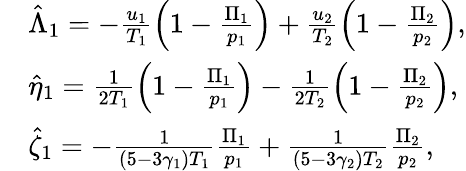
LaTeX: \begin{array}{rl}&{\hat{\Lambda}_{1}=-\frac{u_{1}}{T_{1}}\left(1-\frac{\Pi_{1}}{p_{1}}\right)+\frac{u_{2}}{T_{2}}\left(1-\frac{\Pi_{2}}{p_{2}}\right),}\\ &{\hat{\eta}_{1}=\frac{1}{2T_{1}}\left(1-\frac{\Pi_{1}}{p_{1}}\right)-\frac{1}{2T_{2}}\left(1-\frac{\Pi_{2}}{p_{2}}\right),}\\ &{\hat{\zeta}_{1}=-\frac{1}{(5-3\gamma_{1})T_{1}}\frac{\Pi_{1}}{p_{1}}+\frac{1}{(5-3\gamma_{2})T_{2}}\frac{\Pi_{2}}{p_{2}},}\end{array}